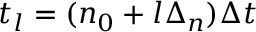
t _ { l } = ( n _ { 0 } + l \Delta _ { n } ) \Delta t